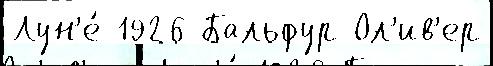
Лун'е́ 1926 Бальфур Ол'ив'ер